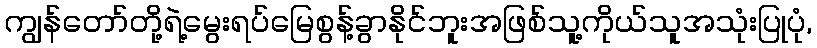
ကျွန်တော်တို့ရဲ့မွေးရပ်မြေစွန့်ခွာနိုင်ဘူးအဖြစ်သူ့ကိုယ်သူအသုံးပြုပုံ,